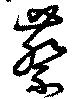
蔡